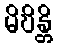
မိဎိန္တိ